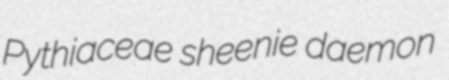
Pythiaceae sheenie daemon